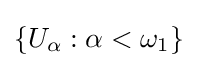
\{U_{\alpha }:\alpha <\omega _{1}\}